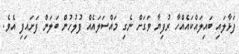
ފަޅާލައި ބައިލައްކައެއްހާ ރުފިޔާ ވަގަށް ނެގި މައްސަލައެއް ފުލުހުން ބަލަން ފަށައިފި އެވެ.